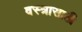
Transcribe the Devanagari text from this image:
वस्त्रासाठी